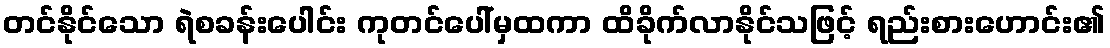
တင်နိုင်သော ရဲစခန်းပေါင်း ကုတင်ပေါ်မှထကာ ထိခိုက်လာနိုင်သဖြင့် ရည်းစားဟောင်း၏